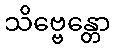
သိဗ္ဗေန္တော